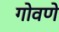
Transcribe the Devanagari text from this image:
गोवणे